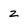
Character: z